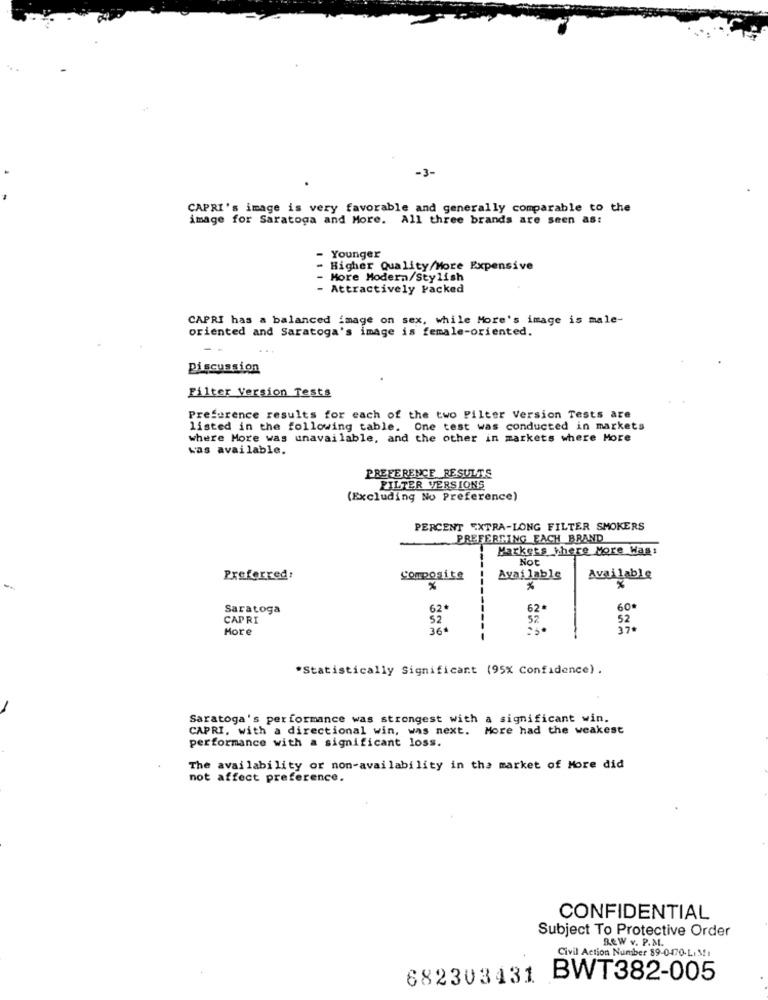
-3-
CAPRI's image is very favorable and generally comparable to the
image for Saratoga and More. All three brands are seen as:
- Younger
- Higher Quality/More Expensive
- More Modern/Stylish
- Attractively Packed
CAPRI has a balanced image on sex, while More's image is male-
oriented and Saratoga's image is female-oriented.
Discussion
Filter Version Tests
Preference results for each of the two Pilter Version Tests are
listed in the following table. One test was conducted in markets
where More was unavailable, and the other in markets where More
was available.
PREFERENCE RESULTS
FILTER VERSIONS
(Excluding No Preference)
PERCENT EXTRA-LONG FILTER SMOKERS
PREFERRING EACH BRAND
Markets there More Was:
Not
Preferred:
composite
Available
Available
-
%
Saratoga
62.
60
CAPRI
52
52
More
36.
17.
*Statistically Significant (95% Confidence) .
Saratoga's performance was strongest with a significant win.
CAPRI, with a directional win, was next. More had the weakest
performance with a significant loss.
The availability or non-availability in the market of More did
not affect preference.
CONFIDENTIAL
Subject To Protective Order
ReW v. P.M.
Civil Action Number 89-0-470-Li MI
682303431 BWT382-005